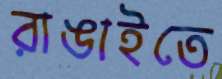
রাঙাইতে